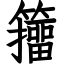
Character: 籒